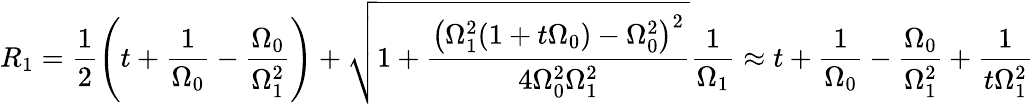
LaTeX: R_{1}=\frac{1}{2}\left(t+\frac{1}{\Omega_{0}}-\frac{\Omega_{0}}{\Omega_{1}^{2}}\right)+\sqrt{1+\frac{\left(\Omega_{1}^{2}(1+t\Omega_{0})-\Omega_{0}^{2}\right)^{2}}{4\Omega_{0}^{2}\Omega_{1}^{2}}}\frac{1}{\Omega_{1}}\approx t+\frac{1}{\Omega_{0}}-\frac{\Omega_{0}}{\Omega_{1}^{2}}+\frac{1}{t\Omega_{1}^{2}}